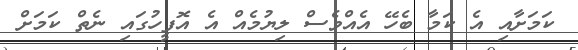
ކަމަށާއި އެ ކަމާ ބެހޭ އެއްވެސް ލިޔުމެއް އެ އޮފީހުގައި ނެތް ކަމަށް